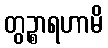
တွဉ္စာရဟာမိ